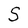
Character: S